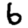
Digit: 6